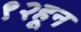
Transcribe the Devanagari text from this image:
९२हून